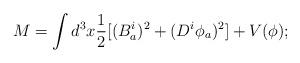
LaTeX: \begin{align*}M = \int d^3 x \frac {1}{2} [ (B_a^{i})^2+(D^{i} \phi_a)^2] +V(\phi);\end{align*}